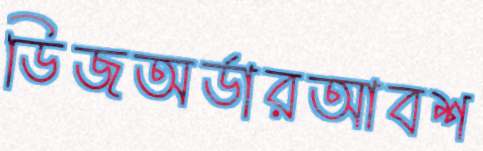
ডিজঅর্ডারআবশ